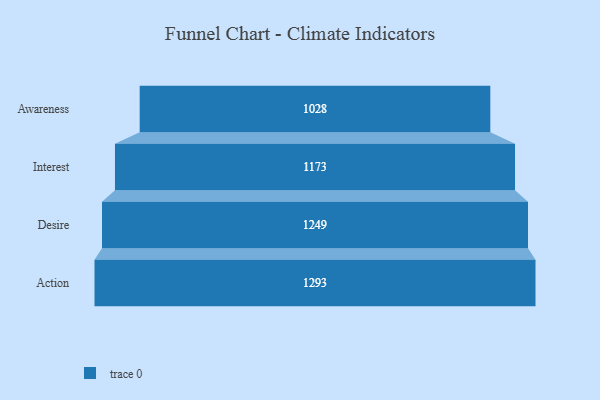
{"axis": {"x": "Stage", "y": "Value"}, "legend": [""], "data": [{"x": "Awareness", "y": 1028.0, "type": ""}, {"x": "Interest", "y": 1173.0, "type": ""}, {"x": "Desire", "y": 1249.0, "type": ""}, {"x": "Action", "y": 1293.0, "type": ""}]}